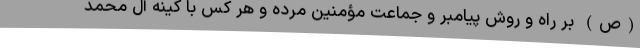
(ص) بر راه و روش پیامبر و جماعت مؤمنین مرده و هر کس با کینه آل محمد